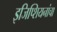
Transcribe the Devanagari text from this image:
इजिप्शियनांचा